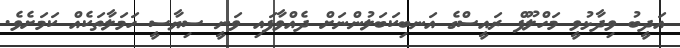
އަދީބު ވިދާޅުވީ މަހްލޫފް ރައީސްގެ އަނބިކަބަލުންނަށް ދެއްވާފައި ވަނީ ސިޔާސީ ހަމަލާތަކެއް ކަމަށެވެ.